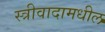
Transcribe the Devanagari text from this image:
स्त्रीवादामधील